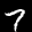
Label: 7